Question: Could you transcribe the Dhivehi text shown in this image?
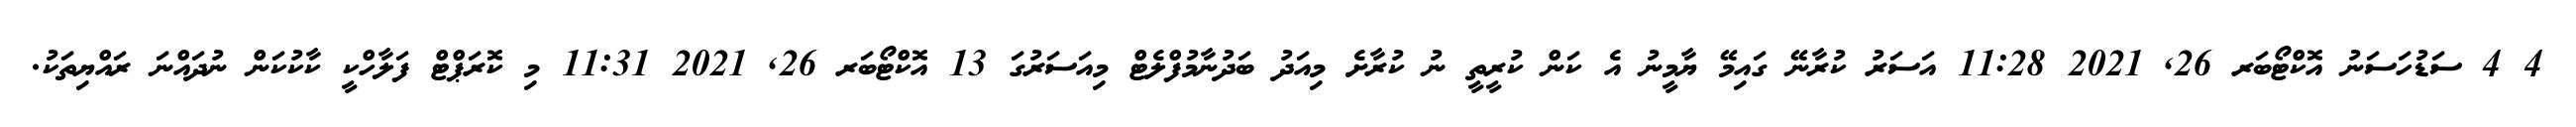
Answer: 4 4 ސަޑުހަސަނު އޮކްޓޯބަރ 26, 2021 11:28 އަސަރު ކުރާނޭ ގައިމޭ ޔާމީނު އެ ކަން ކުރީތީ ނު ކުރާށެ މިއަދު ބަދުނާމުފްލެޓް މިއަސަރުގަ 13 އޮކްޓޯބަރ 26, 2021 11:31 މި ކޮރަޕްޓް ފަލާހްކީ ކާކުކަން ނުދައްނަ ރައްޔިތަކު.